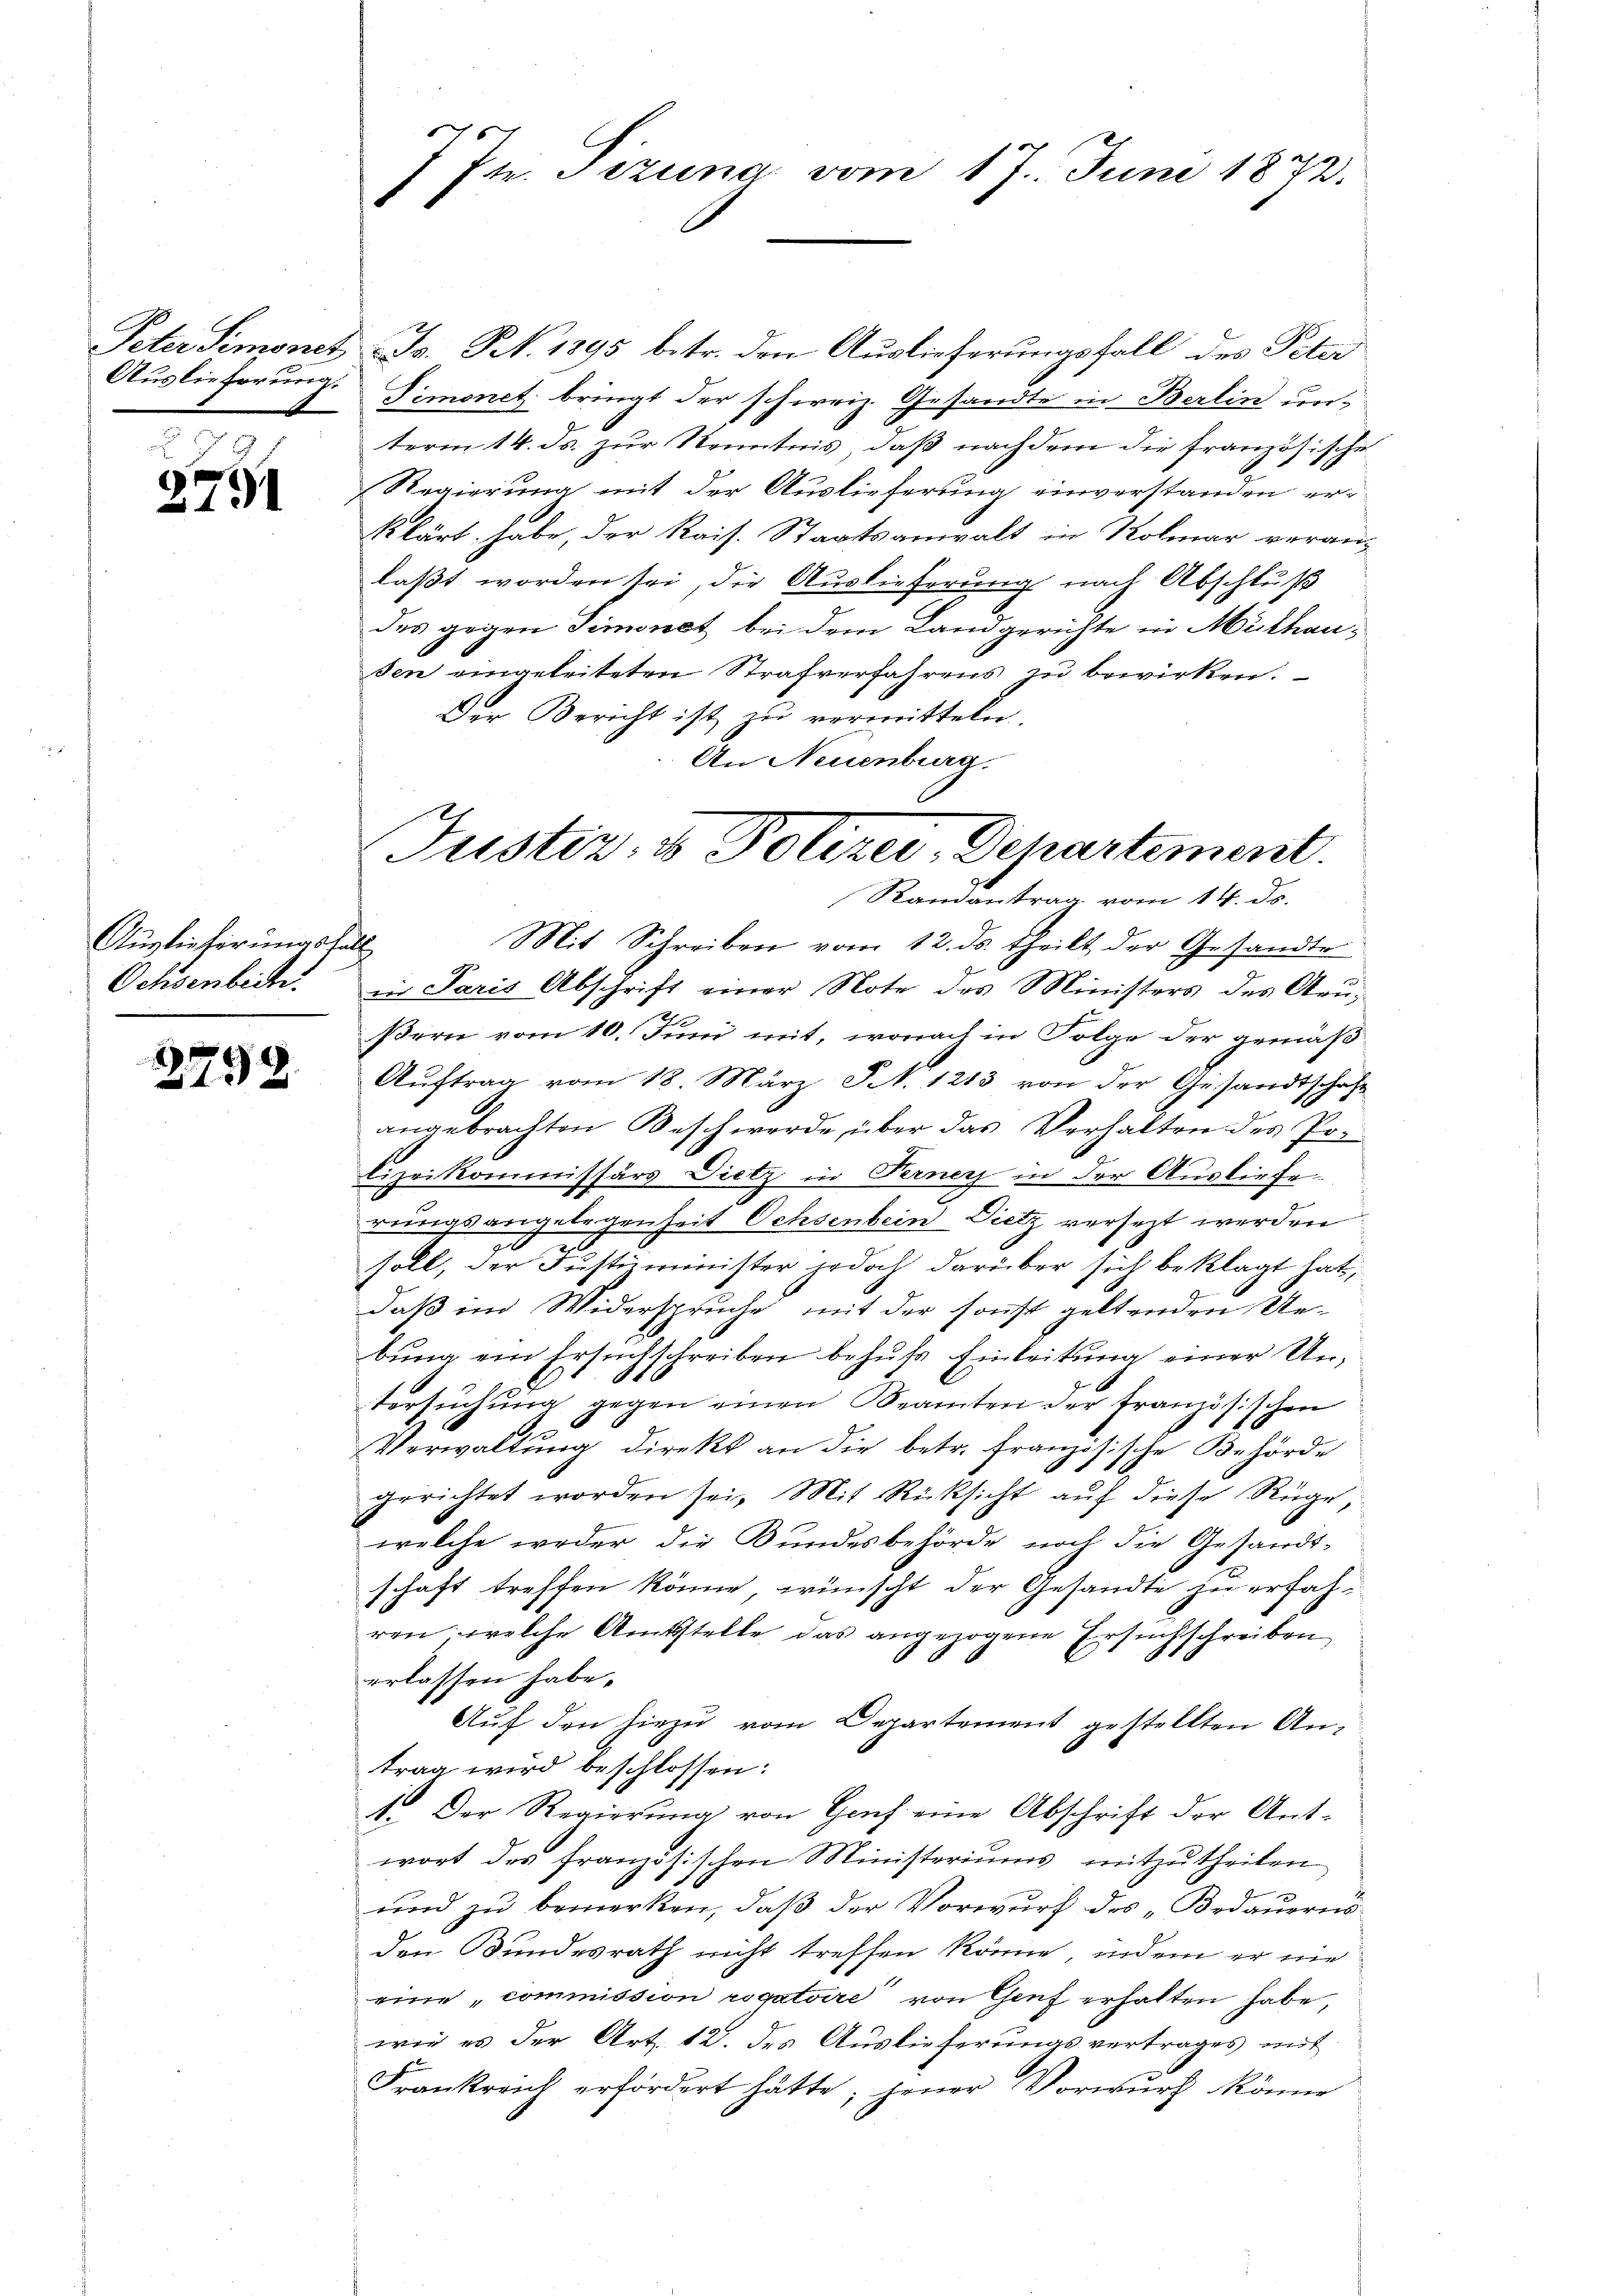
Peter Simonet
Auslieferung.

2791

Auslieferungsfall
Ochsenbeck.

2798.

7 Jn. Tizuna vom 17. Juni 1872.

Js. N. 1895 betr. den Auslieferungsfall des Peter
Simonet bringt der schweiz. Gesandte in Berlin unterm 14. ds. zur Kenntnis, daß nachdem die französische
Regierung mit der Auslieferung einverstanden erklärt habe, der Kais. Staatsanwalt in Rolmar veran-
laßt worden sei, die Auslieferung nach Abschluß
des gegen Simonat bei dem Landgerichte in Mülhausen eingeleiteten Strafverfahrens zu bewirken.
Der Bericht ist zu vermitteln
An Neuenburg.

Justiz- & Polizei, Departement
Randantrag vom 14. d.
Mit Schreiben vom 12. ds. theilt der Gesandte

iin Paris Abschrift einer Note des Ministers des Arußern vom 10. Juni mit, wonach in Folge der gemäß
Aŭftrag vom 18. März S. 1213 von der Gesandtschaft
angebrachten Beschwerde über das Verhalten des Polizeikommissärs Dietz in Verner in der Ausliefe
rungsangelegenheit Ochsenbein Dietz versezt werden.
soll, der Justizminister jedoch darüber sich beklagt hat,
daß in Widerspruche mit der sonst geltenden Uebŭng ein Ersuchschreiben behŭfs Einleitŭng einer Untersuchung gegen einen Beamten der französischen
1
Verwaltung direkt an die betr. Französische Behörde
gerichtet worden sei. Mit Rücksicht auf diese Rüge,
welche weder die Bundesbehörde noch die Gesandtschaft treffen könne, wünscht der Gesandte zu erfah-
ren, welche Amtsstelle das angezogene Ersuchschreiben
erlassen habe.
Aŭf den hiezu vom Departement gestellten Antrag wird beschlossen:
4. Der Regierŭng von Genf eine Abschrift der Ant-
wort des französischen Ministeriums mitzutheilen
und zu bemerken, daß der Vorwurf des „Bedauerns
den Bundesrath nicht treffen könne, indem er nie
eine „commission rogatoire von Genf erhalten habe,
wie es der Art. 12. des Auslieferungsvertrages mit
Frankreich erfordert hätte; jener Vorwurf könne